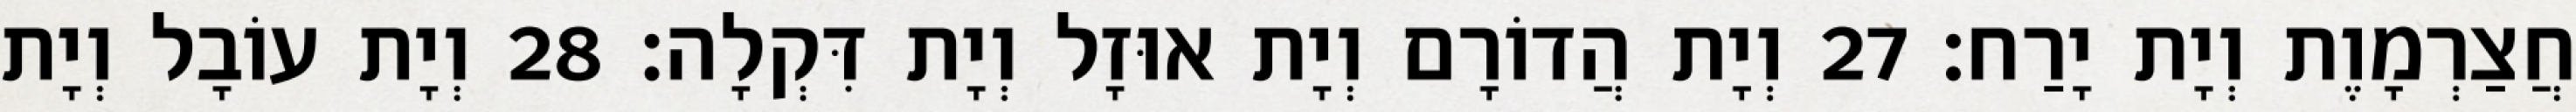
חֲצַרְמָוֶת וְיָת יָרַח׃ 27 וְיָת הֲדוֹרָם וְיָת אוּזָל וְיָת דִּקְלָה׃ 28 וְיָת עוֹבָל וְיָת